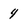
Character: 4